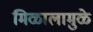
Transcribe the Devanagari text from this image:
मिळालामुळे